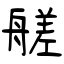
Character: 艖